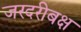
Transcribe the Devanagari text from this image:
जरदरीबक्ष